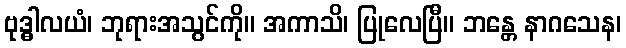
ဗုဒ္ဓါလယံ၊ ဘုရားအသွင်ကို။ အကာသိ၊ ပြုလေပြီ။ ဘန္တေ နာဂသေန၊